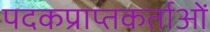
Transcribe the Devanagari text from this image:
पदकप्राप्तकर्ताओं